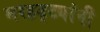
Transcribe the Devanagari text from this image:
मरहट्ट्यांनी